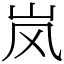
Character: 岚